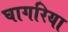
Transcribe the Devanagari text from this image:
घागरिया